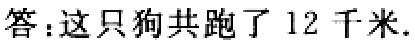
答：这只狗共跑了 12 千米.